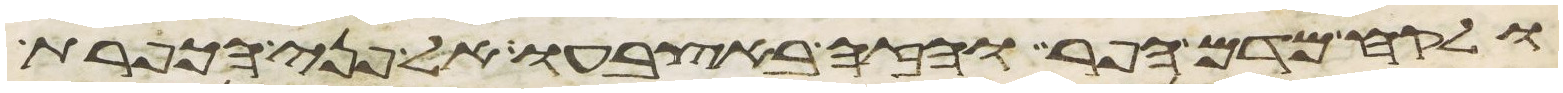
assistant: ולקח מדם הפר והזה באצבעו אל פני הכפרת